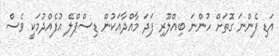
އަޑި ފެންނަ ގޮތަށް ހުންނަ ބިއްލޫރި ފަދަ މާއްދާއަކުން ޑިސްޕްލޭ އުފެއްދުމަކީ ވެސް